Trukikaitis_Postimees, lk 93
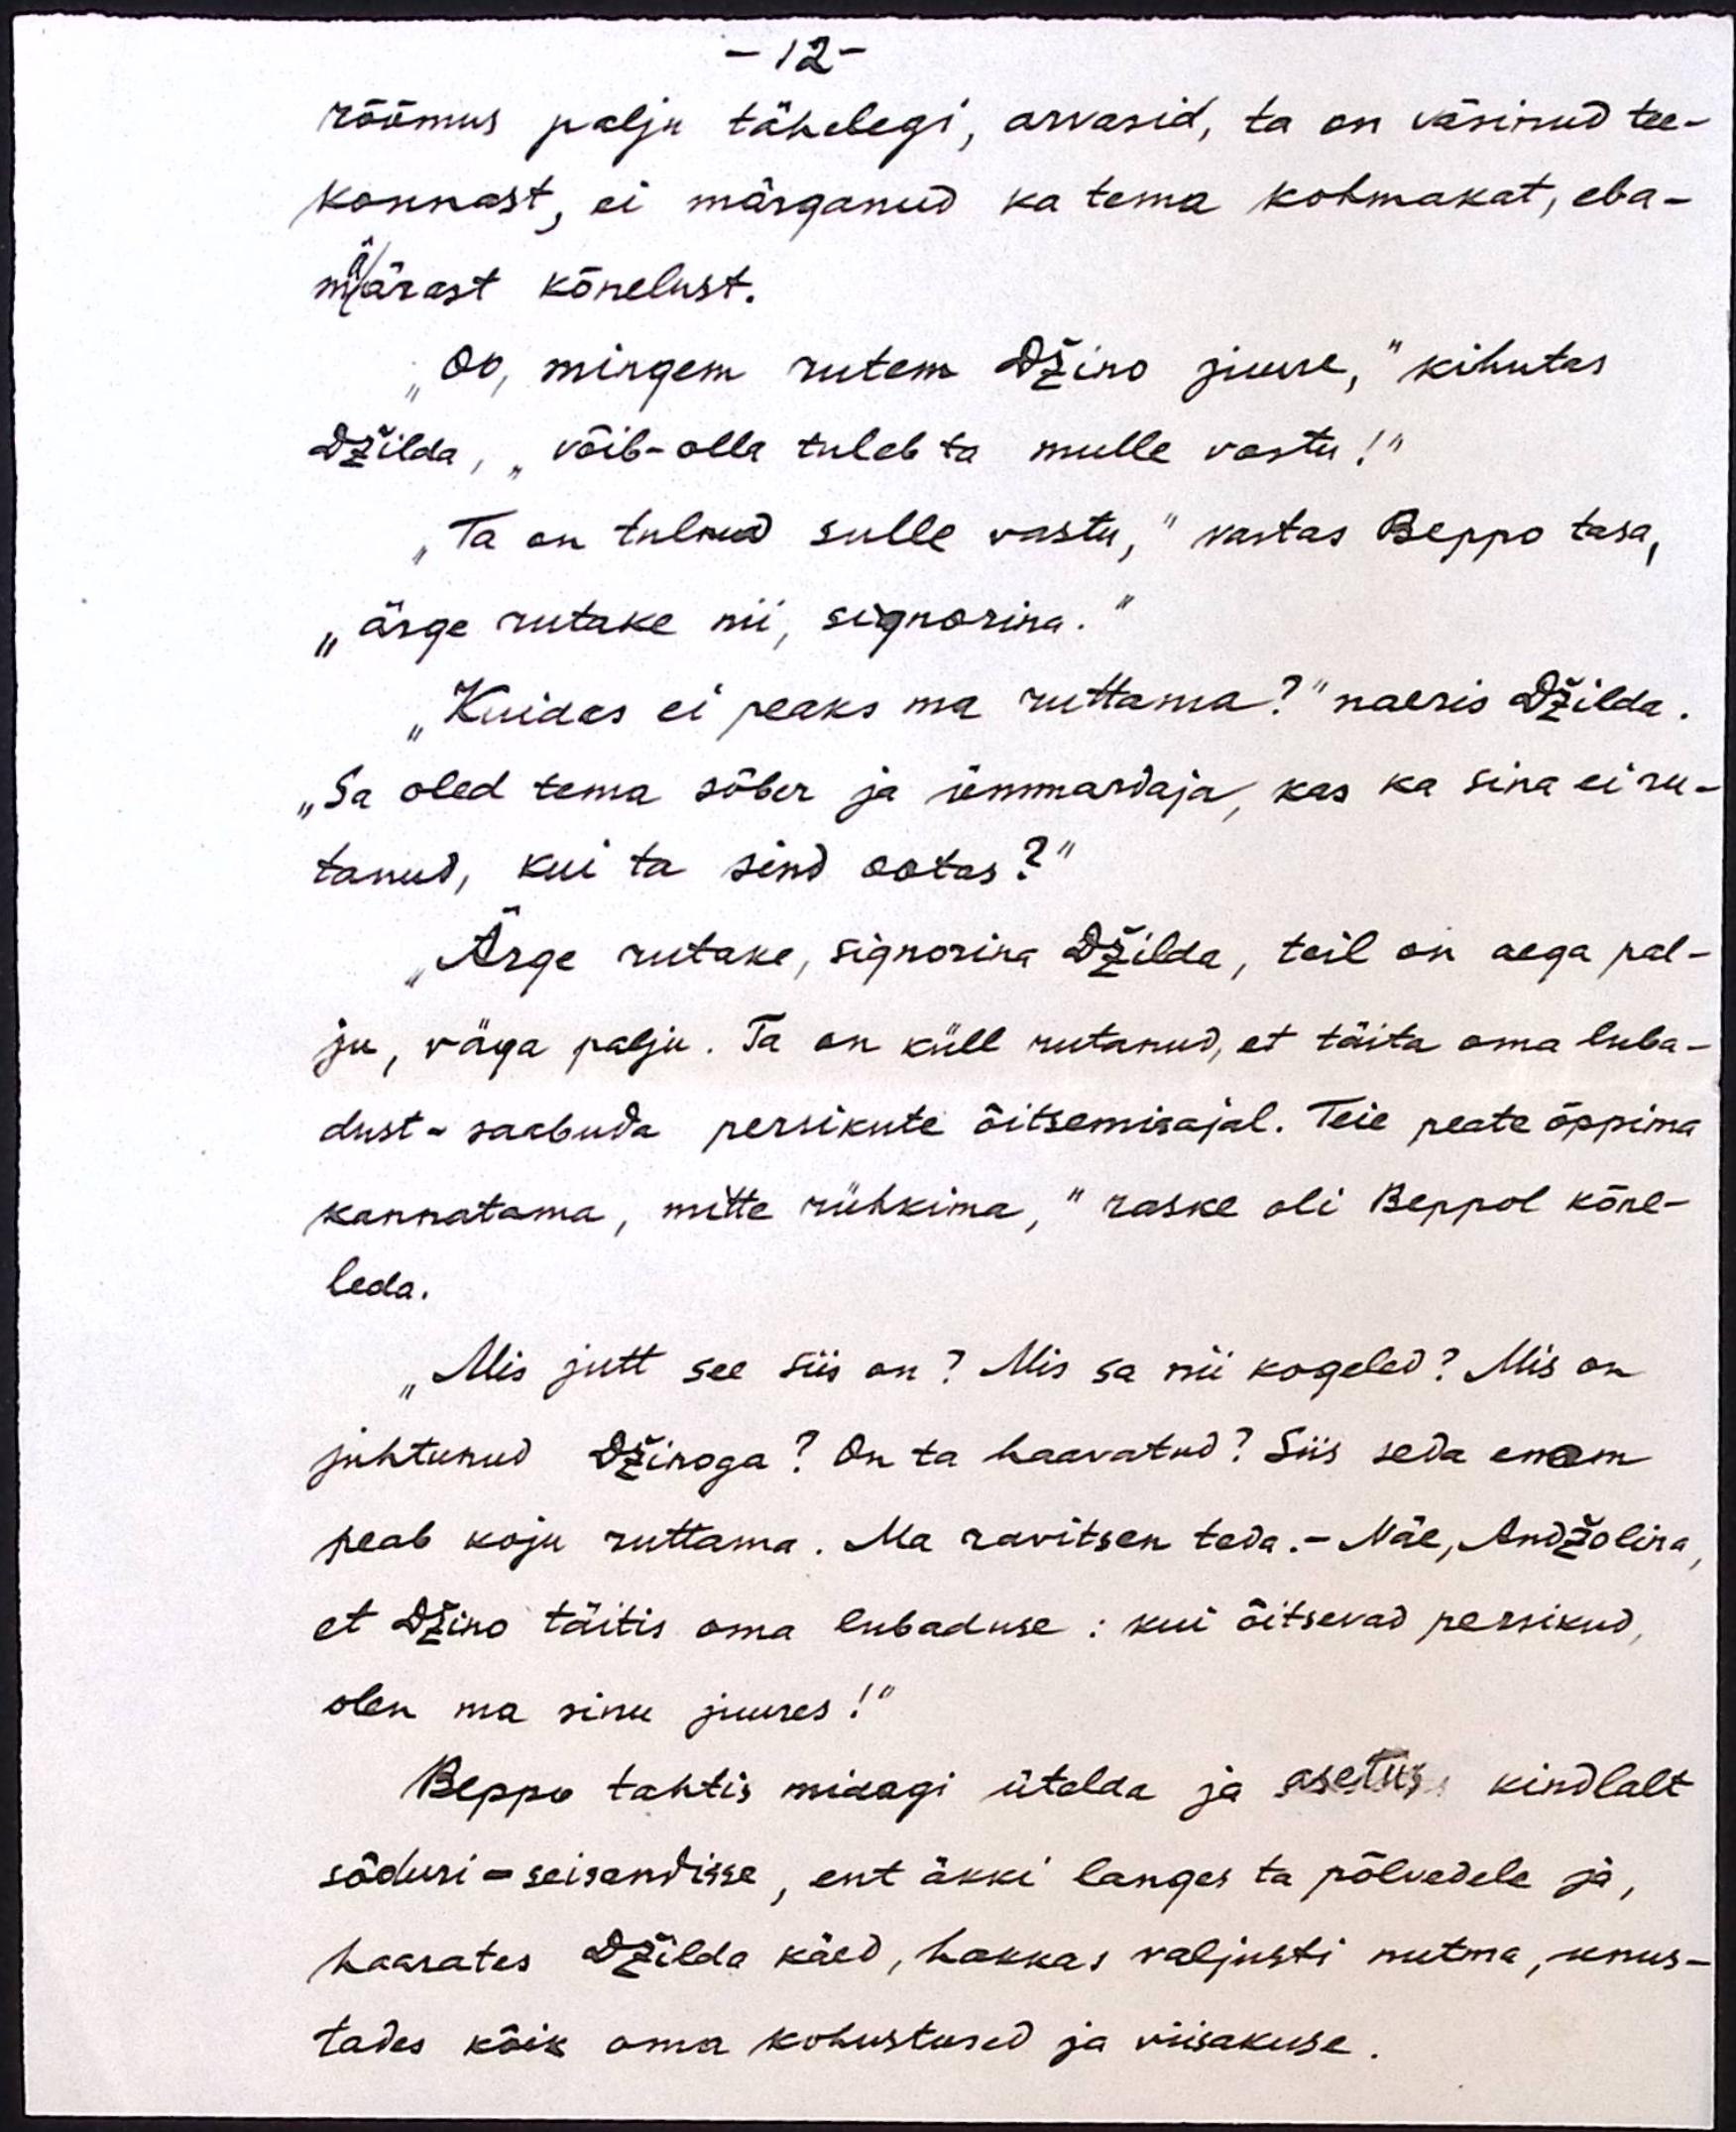
- 12 -
rõõmus palju tähelegi, arvasid, ta on väsinud tee-
konnast, ei märganud ka tema kohmakat, eba-
määrast kõnelust.
"Oo, mingem rutem Džino juure," kihutas
Džilda, "võib-olla tuleb ta mulle vastu!“
„Ta on tulnud sulle vastu,“ vastas Beppo tasa,
"ärge rutake nii, signorina."
"Kuidas ei peaks ma ruttama?" naeris Džilda.
"Sa oled tema sõber ja ümmardaja, kas ka sina ei ru-
tanud, kui ta sind ootas?"
„Ärge rutake, signorina Džilda, teil on aega pal-
ju, väga palju. Ta on küll rutanud, et täita oma luba-
dust - saabuda persikute õitsemisajal. Teie peata õppima
kannatama, mitte rühkima," raske oli Beppol kõne-
leda.
"Mis jutt see siis on? Mis sa nii kogeled? Mis on
juhtunud Džinoga? On ta haavatud? Siis seda enam
peab koju ruttama. Ma ravitsen teda.- Näe, Andžolina,
et Džino täitis oma lubaduse: kui õitsevad persikud,
olen ma sinu juures!“
Peppo tahtis midagi ütelda ja asetus kindlalt
sõduri - seisandisse, ent äkki langes ta põlvedele ja
haarates Džilda käed, hakkas valjusti nutma, unus-
tades kõik oma kohustused ja viisakuse.